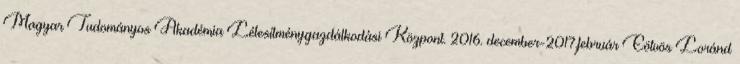
Magyar Tudományos Akadémia Létesítménygazdálkodási Központ. 2016. december-2017.február Eötvös Loránd